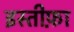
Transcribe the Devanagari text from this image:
इस्‍तीफ़ा